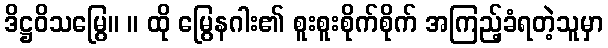
ဒိဋ္ဌဝိသမြွေ။ ။ ထို မြွေနဂါး၏ စူးစူးစိုက်စိုက် အကြည့်ခံရတဲ့သူမှာ